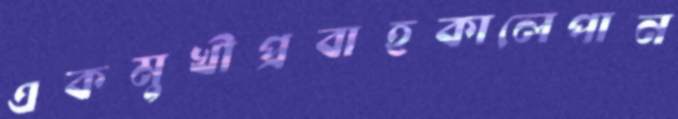
একমুখীপ্রবাহকালেপান